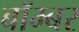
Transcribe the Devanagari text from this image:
बाॅम्बर